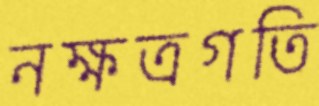
নক্ষত্রগতি